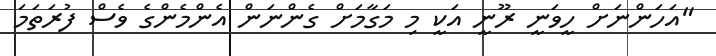
"އަހަންނަށް ހީވަނީ ރޫނީ އަކީ މި މަގާމަށް ގެންނަން އެންމެންގެ ވެސް ފުރަތަމަ